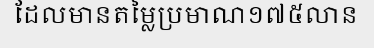
ដែលមានតម្លៃប្រមាណ១៧៥លាន